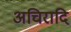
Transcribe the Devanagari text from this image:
अचिरादि